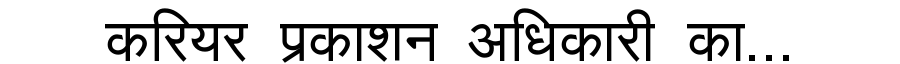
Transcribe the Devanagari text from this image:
करियर प्रकाशन अधिकारी का...